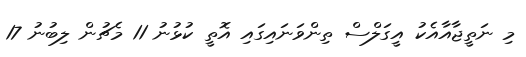
މި ނަތީޖާއާއެކު އީގަލްސް ތިންވަނައިގައި އޮތީ ކުޅުނު 11 މެޗުން ލިބުނު 17